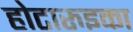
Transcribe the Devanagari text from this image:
होटारुइका